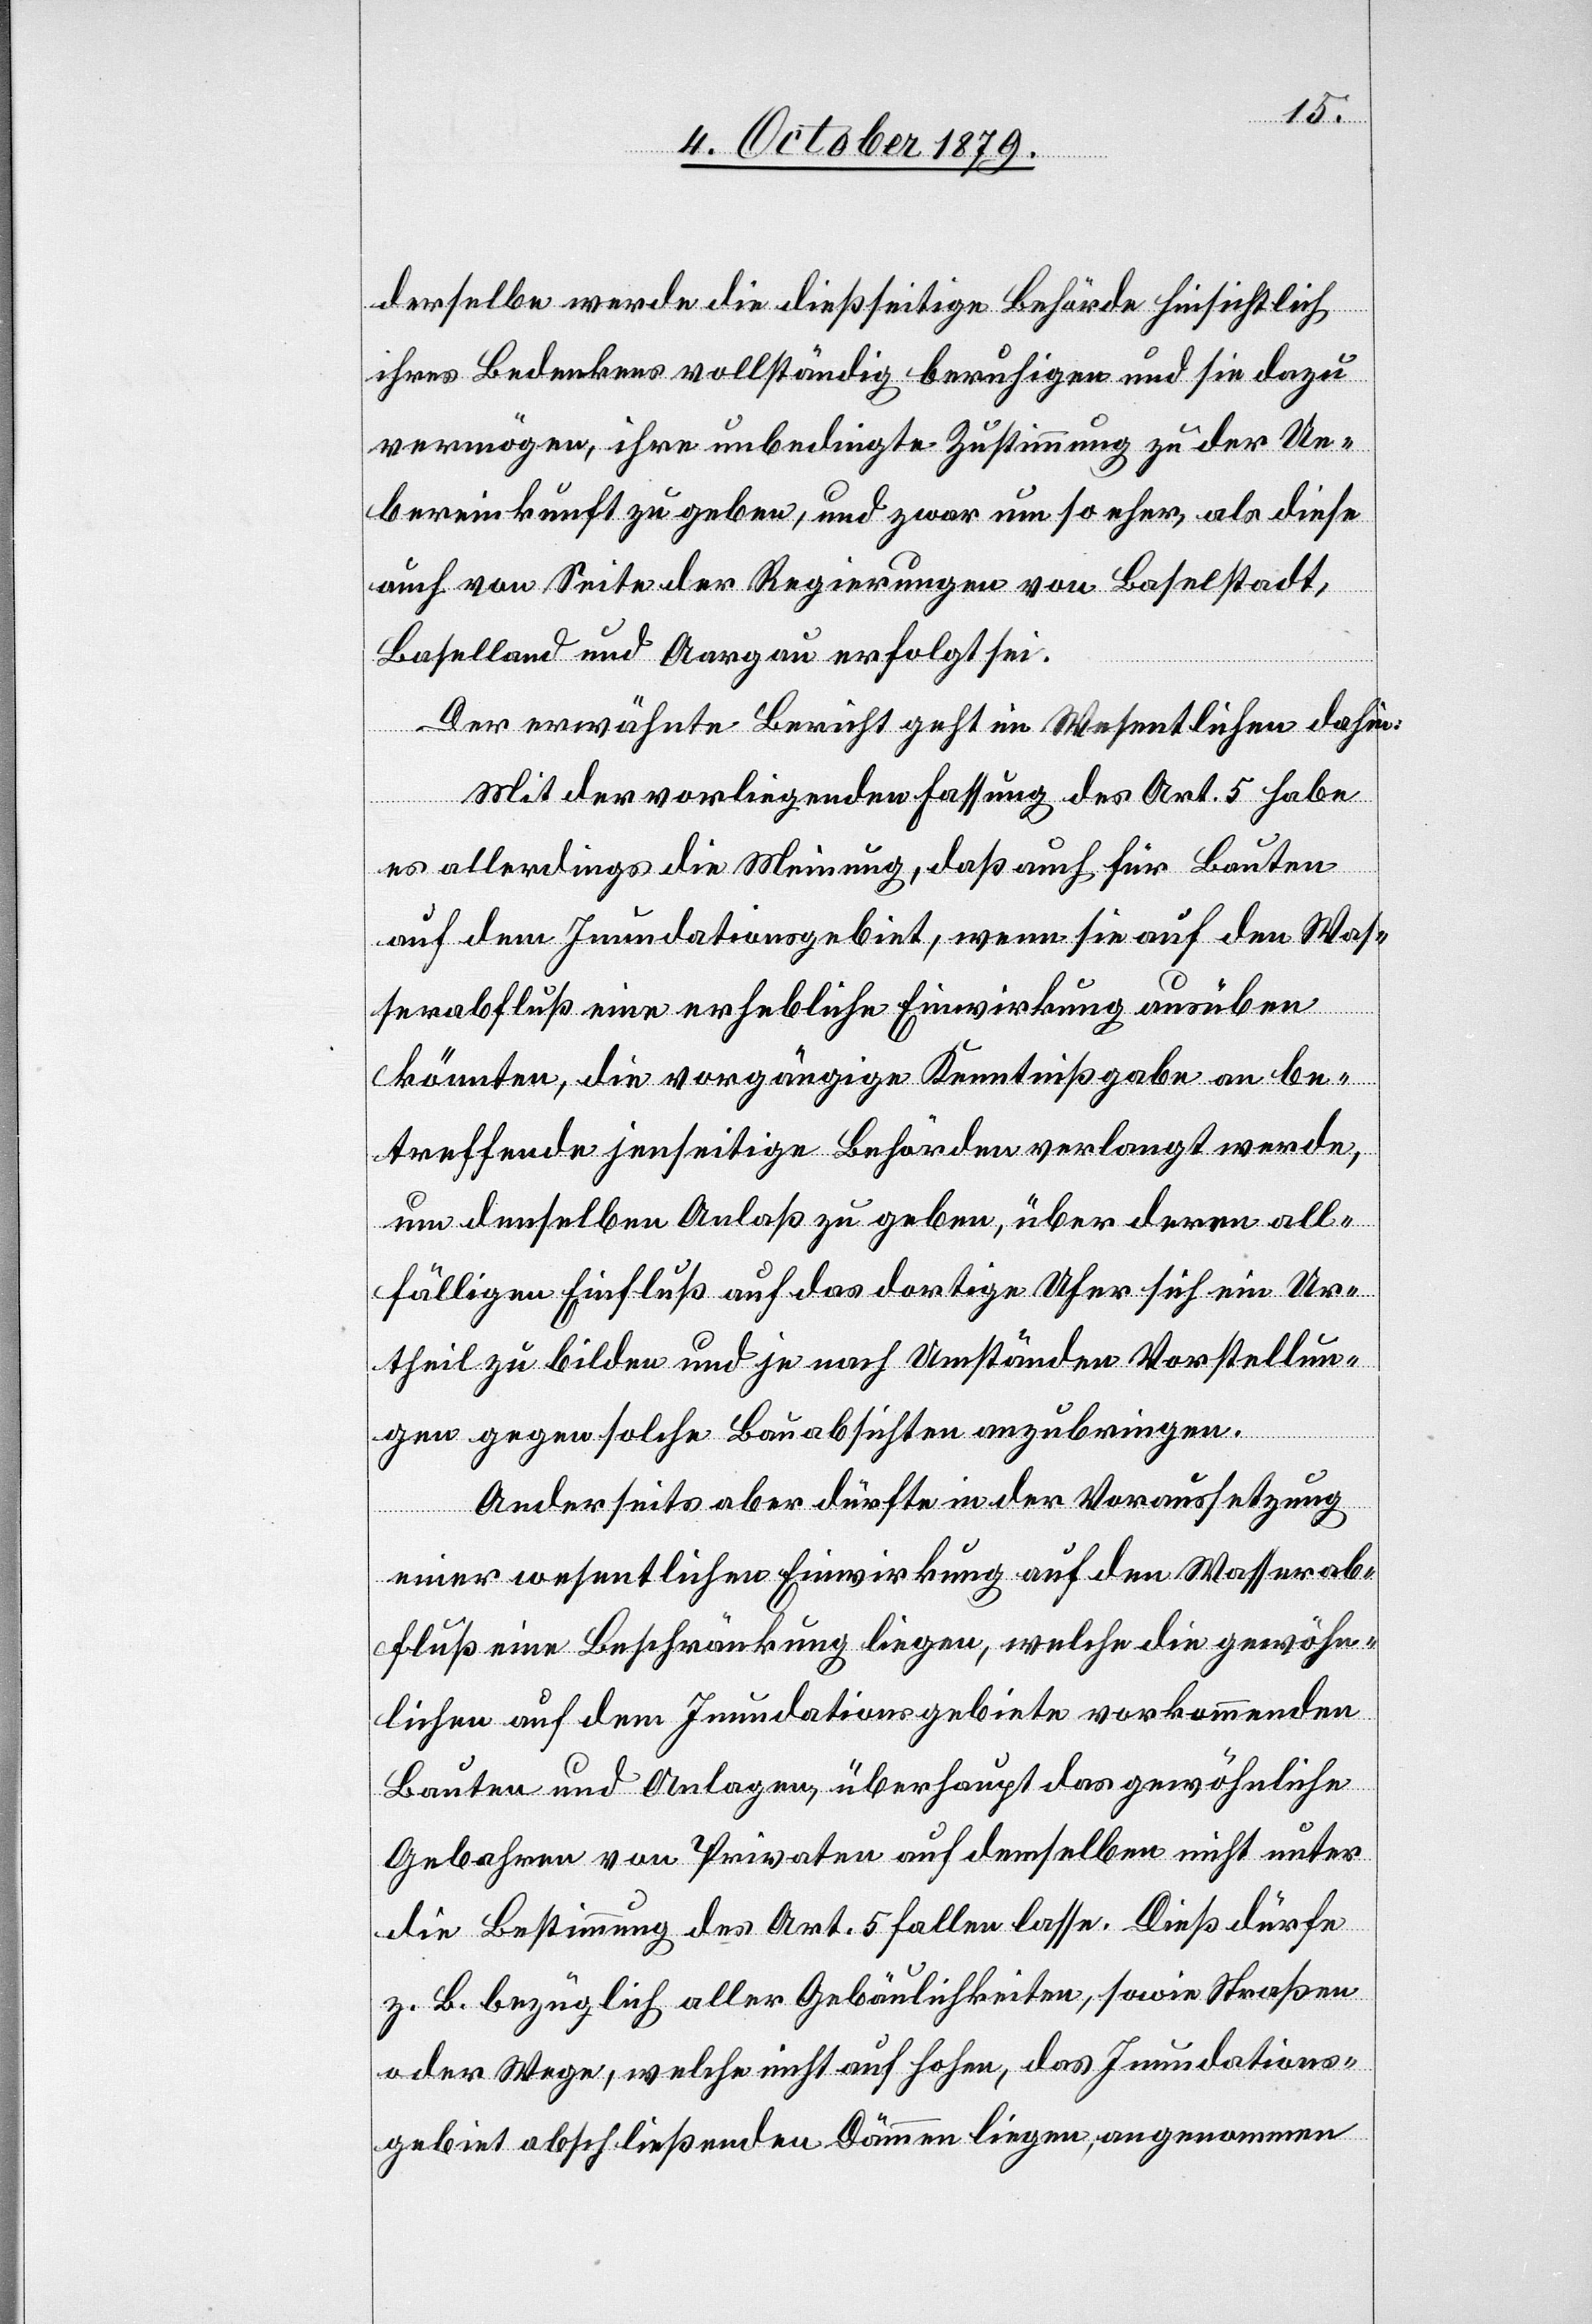
derselbe werde die dießseitige Behörde hinsichtlich
ihres Bedenkens vollständig beruhigen und sie dazu
vermögen, ihre unbedingte Zustimmung zu der Ue¬
bereinkunft zu geben, und zwar um so eher, als diese
auch von Seite der Regierungen von Baselstadt,
Baselland und Aargau erfolgt sei.
Der erwähnte Bericht geht im Wesentlichen dahin:
Mit der vorliegenden Fassung des Art. 5 habe
es allerdings die Meinung, daß auch für Bauten
auf dem Inundationsgebiet, wenn sie auf den Was¬
serabfluß eine erhebliche Einwirkung ausüben
könnten, die vorgängige Kenntnißgabe an be¬
treffende jenseitige Behörden verlangt werde,
um denselben Anlaß zu geben, über deren all¬
fälligen Einfluß auf das dortige Ufer sich ein Ur¬
theil zu bilden und je nach Umständen Vorstellun¬
gen gegen solche Bauabsichten anzubringen.
Anderseits aber dürfte in der Voraussetzung
einer wesentlichen Einwirkung auf den Wasserab¬
fluß eine Beschränkung liegen, welche die gewöhn¬
lichen auf dem Inundationsgebiete vorkommenden
Bauten und Anlagen, überhaupt das gewöhnliche
Gebahren von Privaten auf demselben nicht unter
die Bestimmung des Art. 5 fallen lasse. Dieß dürfe
z. B bezüglich aller Gebäulichkeiten, sowie Straßen
oder Wege, welche nicht auf hohen, dem Inundations¬
gebiet abschließenden Dämmen liegen, angenommen